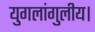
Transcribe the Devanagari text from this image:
युगलांगुलीय।